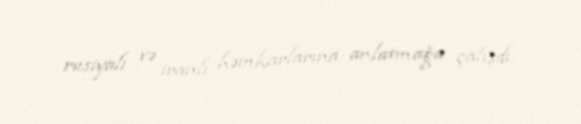
rusiyalı və iranlı həmkarlarına anlatmağa çalışdı.